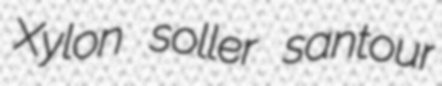
Xylon soller santour